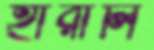
হারালি